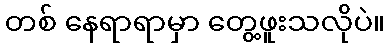
တစ် နေရာရာမှာ တွေ့ဖူးသလိုပဲ။